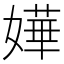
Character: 嬅